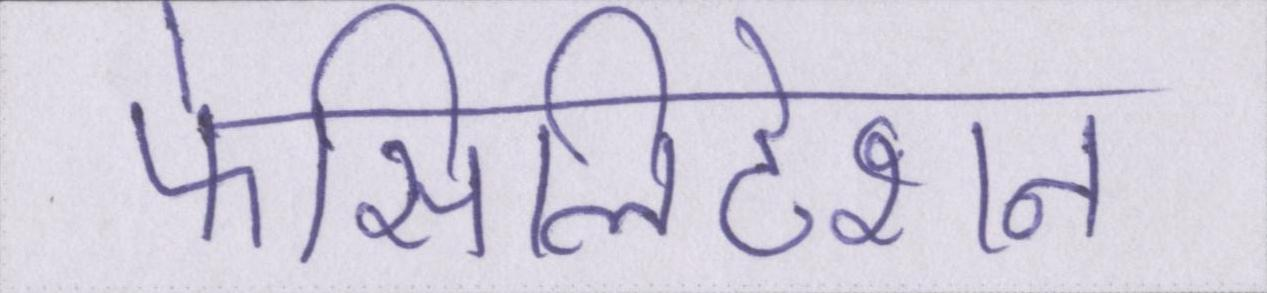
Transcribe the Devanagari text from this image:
फेसिलिटेशन